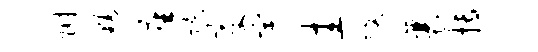
附豁座隙变宇圭改襄搏